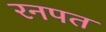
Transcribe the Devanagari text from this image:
रनपत